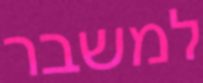
למשבר